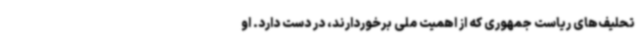
تحلیف‌های ریاست جمهوری که از اهمیت ملی برخوردارند، در دست دارد. او